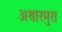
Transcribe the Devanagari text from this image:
अथारमुरा